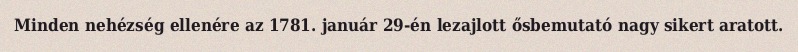
Minden nehézség ellenére az 1781. január 29-én lezajlott ősbemutató nagy sikert aratott.